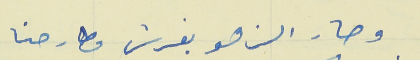
وصار الزهو يفرش مطارحنا